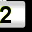
Digit: 2